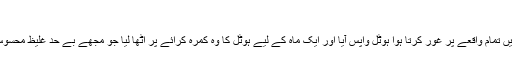
‘‘
چنانچہ میں تمام واقعے پر غور کرتا ہوا ہوٹل واپس آیا اور ایک ماہ کے لیے ہوٹل کا وہ کمرہ کرائے پر اٹھا لیا جو مجھے بے حد غلیظ محسوس ہوا تھا۔